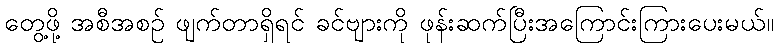
တွေ့ဖို့ အစီအစဉ် ဖျက်တာရှိရင် ခင်ဗျားကို ဖုန်းဆက်ပြီးအကြောင်းကြားပေးမယ်။